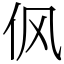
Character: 㐽